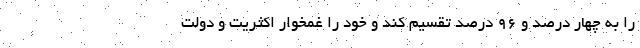
را به چهار درصد و ۹۶ درصد تقسیم کند و خود را غمخوار اکثریت و دولت